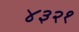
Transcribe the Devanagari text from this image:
४३२१